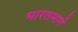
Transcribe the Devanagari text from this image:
भारतमार्गे